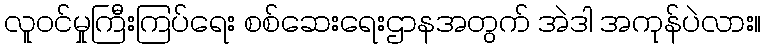
လူဝင်မှုကြီးကြပ်ရေး စစ်ဆေးရေးဌာနအတွက် အဲဒါ အကုန်ပဲလား။